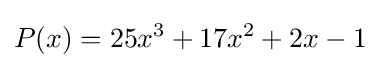
P(x)=25x^{3}+17x^{2}+2x-1